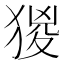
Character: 猣